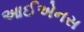
આઈએનસ